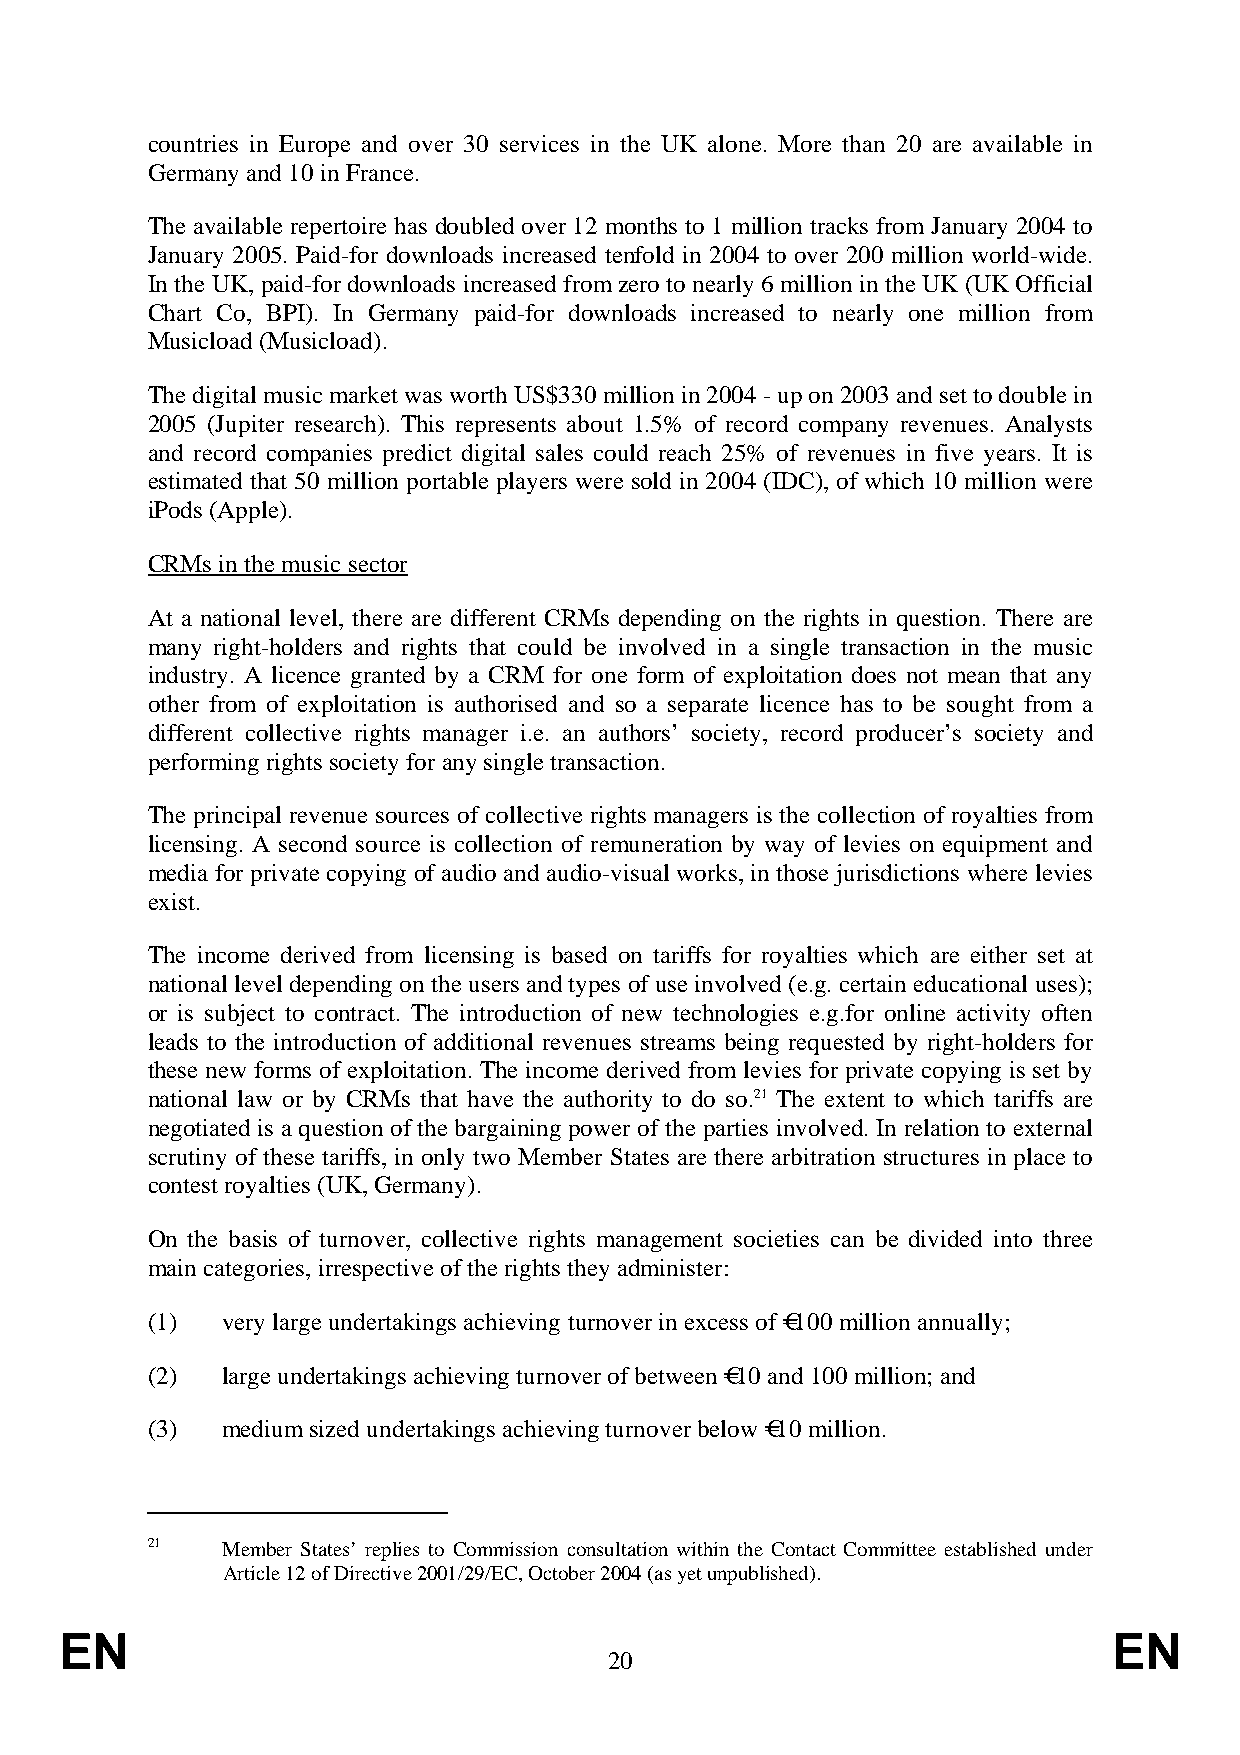
countries in Europe and over 30 services in the UK alone. More than 20 are available in
 Germany and 10 in France.
 The available repertoire has doubled over 12 months to 1 million tracks from January 2004 to
 January 2005. Paid-for downloads increased tenfold in 2004 to over 200 million world-wide.
 In the UK, paid-for downloads increased from zero to nearly 6 million in the UK (UK Official
 Chart Co, BPI). In Germany paid-for downloads increased to nearly one million from
 Musicload (Musicload).
 The digital music market was worth US$330 million in 2004 - up on 2003 and set to double in
 2005 (Jupiter research). This represents about 1.5% of record company revenues. Analysts
 and record companies predict digital sales could reach 25% of revenues in five years. It is
 estimated that 50 million portable players were sold in 2004 (IDC), of which 10 million were
 iPods (Apple).
 CRMs in the music sector
 At a national level, there are different CRMs depending on the rights in question. There are
 many right-holders and rights that could be involved in a single transaction in the music
 industry. A licence granted by a CRM for one form of exploitation does not mean that any
 other from of exploitation is authorised and so a separate licence has to be sought from a
 different collective rights manager i.e. an authors’ society, record producer’s society and
 performing rights society for any single transaction.
 The principal revenue sources of collective rights managers is the collection of royalties from
 licensing. A second source is collection of remuneration by way of levies on equipment and
 media for private copying of audio and audio-visual works, in those jurisdictions where levies
 exist.
 The income derived from licensing is based on tariffs for royalties which are either set at
 national level depending on the users and types of use involved (e.g. certain educational uses);
 or is subject to contract. The introduction of new technologies e.g.for online activity often
 leads to the introduction of additional revenues streams being requested by right-holders for
 these new forms of exploitation. The income derived from levies for private copying is set by
 national law or by CRMs that have the authority to do so.21 The extent to which tariffs are
 negotiated is a question of the bargaining power of the parties involved. In relation to external
 scrutiny of these tariffs, in only two Member States are there arbitration structures in place to
 contest royalties (UK, Germany).
 On the basis of turnover, collective rights management societies can be divided into three
 main categories, irrespective of the rights they administer:
 (1)  very large undertakings achieving turnover in excess of €100 million annually;
 (2)  large undertakings achieving turnover of between €10 and 100 million; and
 (3)  medium sized undertakings achieving turnover below €10 million.
 21   Member States’ replies to Commission consultation within the Contact Committee established under
 Article 12 of Directive 2001/29/EC, October 2004 (as yet unpublished).
 EN                                                                    EN
 20